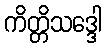
ကိတ္တိသဒ္ဒေါ